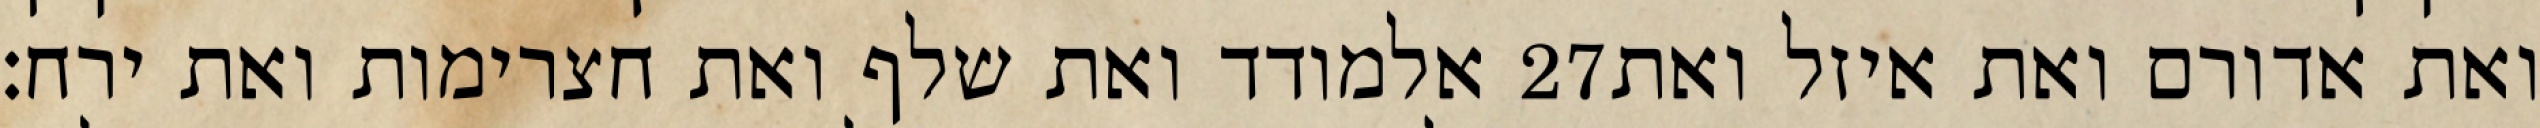
אלמודד ואת שלף ואת חצרימות ואת ירח׃ ‎27‏ ואת אדורם ואת איזל ואת